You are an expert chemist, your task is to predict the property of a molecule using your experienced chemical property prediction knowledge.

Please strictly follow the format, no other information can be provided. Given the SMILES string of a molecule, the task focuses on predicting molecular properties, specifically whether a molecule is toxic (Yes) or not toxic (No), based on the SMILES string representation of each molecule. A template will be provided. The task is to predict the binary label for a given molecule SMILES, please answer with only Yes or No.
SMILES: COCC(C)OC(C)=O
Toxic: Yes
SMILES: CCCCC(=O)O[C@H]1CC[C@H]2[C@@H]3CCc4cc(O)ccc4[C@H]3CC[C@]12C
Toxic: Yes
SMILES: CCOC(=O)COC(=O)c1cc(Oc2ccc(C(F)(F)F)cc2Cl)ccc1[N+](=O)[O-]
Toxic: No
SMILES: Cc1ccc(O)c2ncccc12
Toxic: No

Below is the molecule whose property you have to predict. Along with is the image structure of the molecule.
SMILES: C=C(C)C(=O)O[Sn](CCCC)(CCCC)CCCC
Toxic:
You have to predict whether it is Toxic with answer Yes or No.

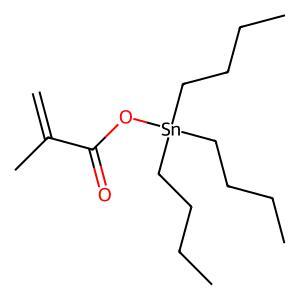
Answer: No